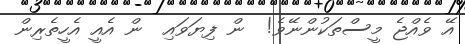
އޭ ވެއްޖެ މީސްތަކުންނޭވެ!  ން ފިޔަވައި  ން އެއީ އެހީތެރިން